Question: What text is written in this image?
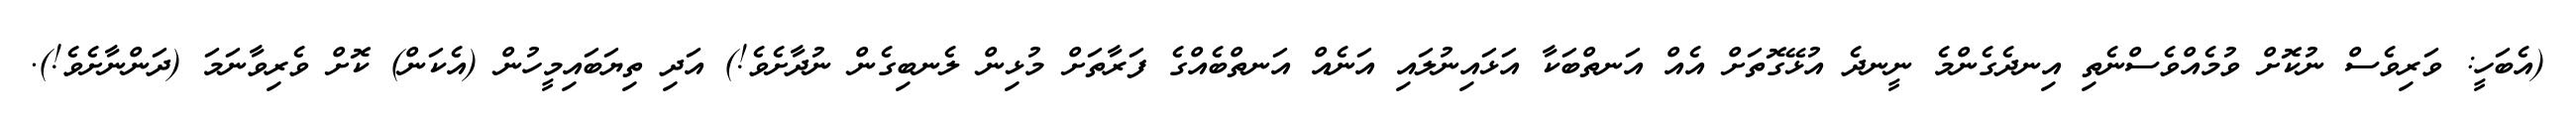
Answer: (އެބަހީ: ވަރިވެސް ނުކޮށް ވުމެއްވެސްނެތި އިނދެގެންމެ ނީނދެ އުޅޭގޮތަށް އެއް އަނތްބަކާ އަޅައިނުލައި އަނެއް އަނތްބެއްގެ ފަރާތަށް މުޅިން ލެނބިގެން ނުދާށެވެ!) އަދި ތިޔަބައިމީހުން (އެކަން) ކޮށް ވެރިވާނަމަ (ދަންނާށެވެ!).